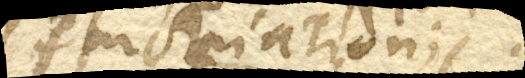
fluctuationi